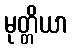
မုတ္တိယာ